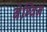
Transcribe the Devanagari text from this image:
बेग्विन